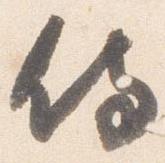
侍